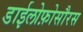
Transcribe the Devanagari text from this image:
डाईलोफ़ोसौरस